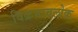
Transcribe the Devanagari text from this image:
विक्रमावलोक